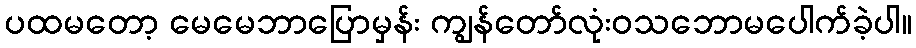
ပထမတော့ မေမေဘာပြောမှန်း ကျွန်တော်လုံးဝသဘောမပေါက်ခဲ့ပါ။